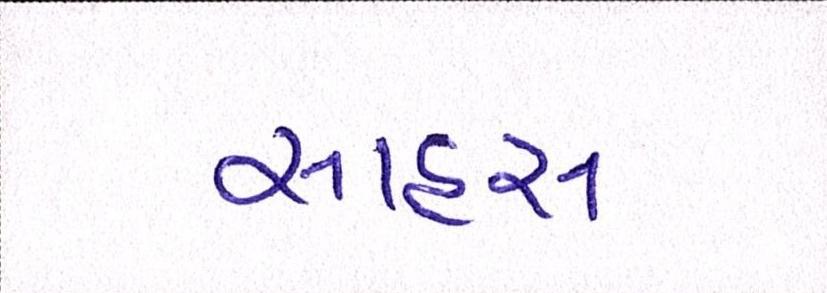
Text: સાહસ